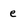
Character: e